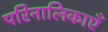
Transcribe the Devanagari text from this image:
परिनालिकाएँ